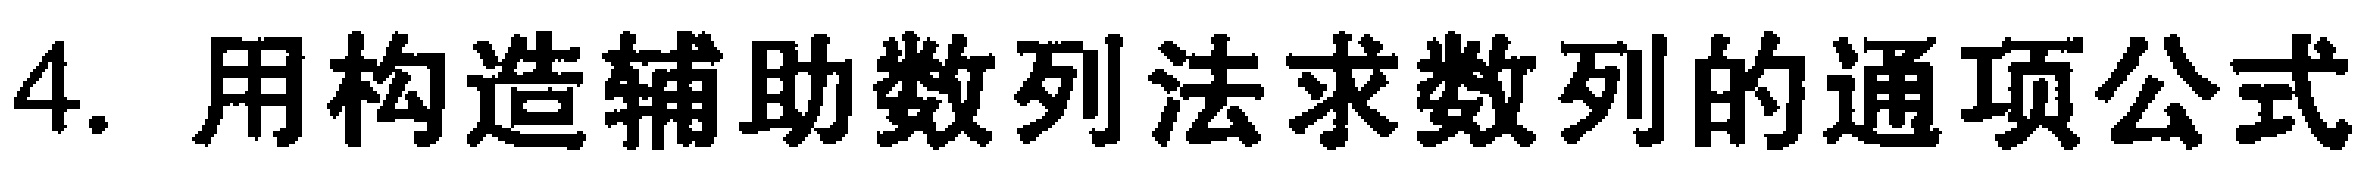
4. 用构造辅助数列法求数列的通项公式